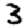
Digit: 3